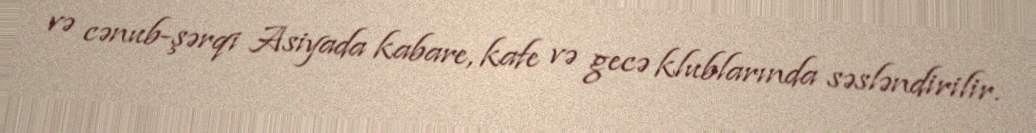
və cənub-şərqi Asiyada kabare, kafe və gecə klublarında səsləndirilir.